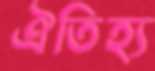
ঐতিহ্য